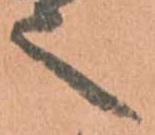
之